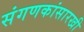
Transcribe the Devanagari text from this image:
संगणकांसारखी